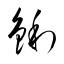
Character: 鋓